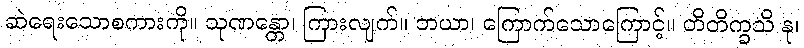
ဆဲရေးသောစကားကို။ သုဏန္တော၊ ကြားလျက်။ ဘယာ၊ ကြောက်သောကြောင့်။ တိတိက္ခသိ နု၊